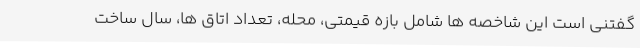
گفتنی است این شاخصه ها شامل بازه قیمتی، محله، تعداد اتاق ها، سال ساخت